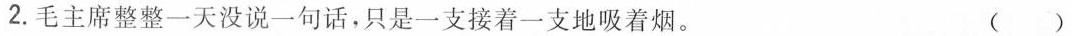
2.毛主席整整一天没说一句话，只是一支接着一支地吸着烟。 ()